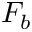
F _ { b }